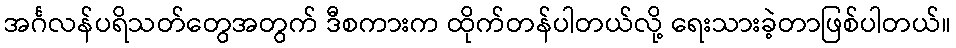
အင်္ဂလန်ပရိသတ်တွေအတွက် ဒီစကားက ထိုက်တန်ပါတယ်လို့ ရေးသားခဲ့တာဖြစ်ပါတယ်။